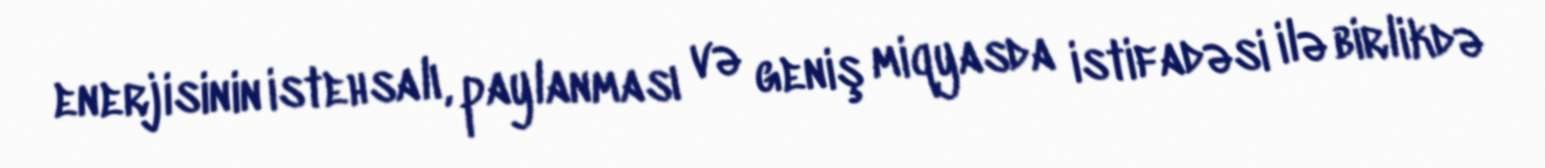
enerjisinin istehsalı, paylanması və geniş miqyasda istifadəsi ilə birlikdə